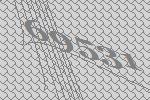
69531